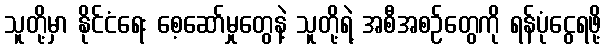
သူတို့မှာ နိုင်ငံရေး စေ့ဆော်မှုတွေနဲ့ သူတို့ရဲ့ အစီအစဉ်တွေကို ရန်ပုံငွေရဖို့